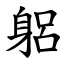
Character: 躳